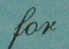
for